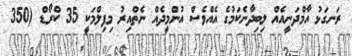
ރަނގަޅު އާމްދަނީއެއް ލިބިދާނެކަމުގެ އެއްވެސް އުންމީދެއް ނެތްއިރު މިފިލްމަކީ 35 ކްރޯޑް (350